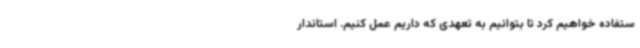
ستفاده خواهیم کرد تا بتوانیم به تعهدی که داریم عمل کنیم. استاندار